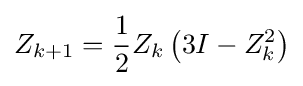
Z_{k+1}={\frac {1}{2}}Z_{k}\left(3I-Z_{k}^{2}\right)